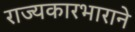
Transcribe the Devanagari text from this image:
राज्यकारभाराने